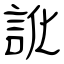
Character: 訛